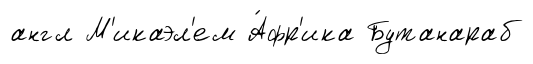
англ М'икаэл'ем А́фр'ика Бутанараб